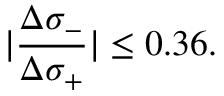
\vert \frac { \Delta \sigma _ { - } } { \Delta \sigma _ { + } } \vert \le 0 . 3 6 .